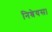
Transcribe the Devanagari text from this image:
निश्रेयस।